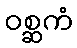
ဝစ္ဆကံ